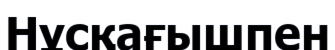
Нұсқағышпен